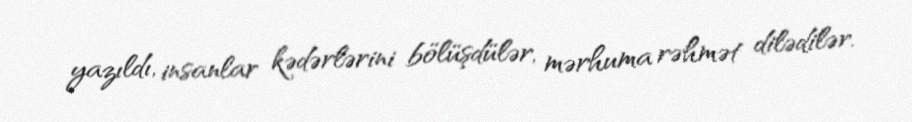
yazıldı, insanlar kədərlərini bölüşdülər, mərhuma rəhmət dilədilər.